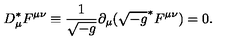
D _ { \mu } ^ { * } F ^ { \mu \nu } \equiv \frac { 1 } { \sqrt { - g } } \partial _ { \mu } ( \sqrt { - g } ^ { * } F ^ { \mu \nu } ) = 0 .